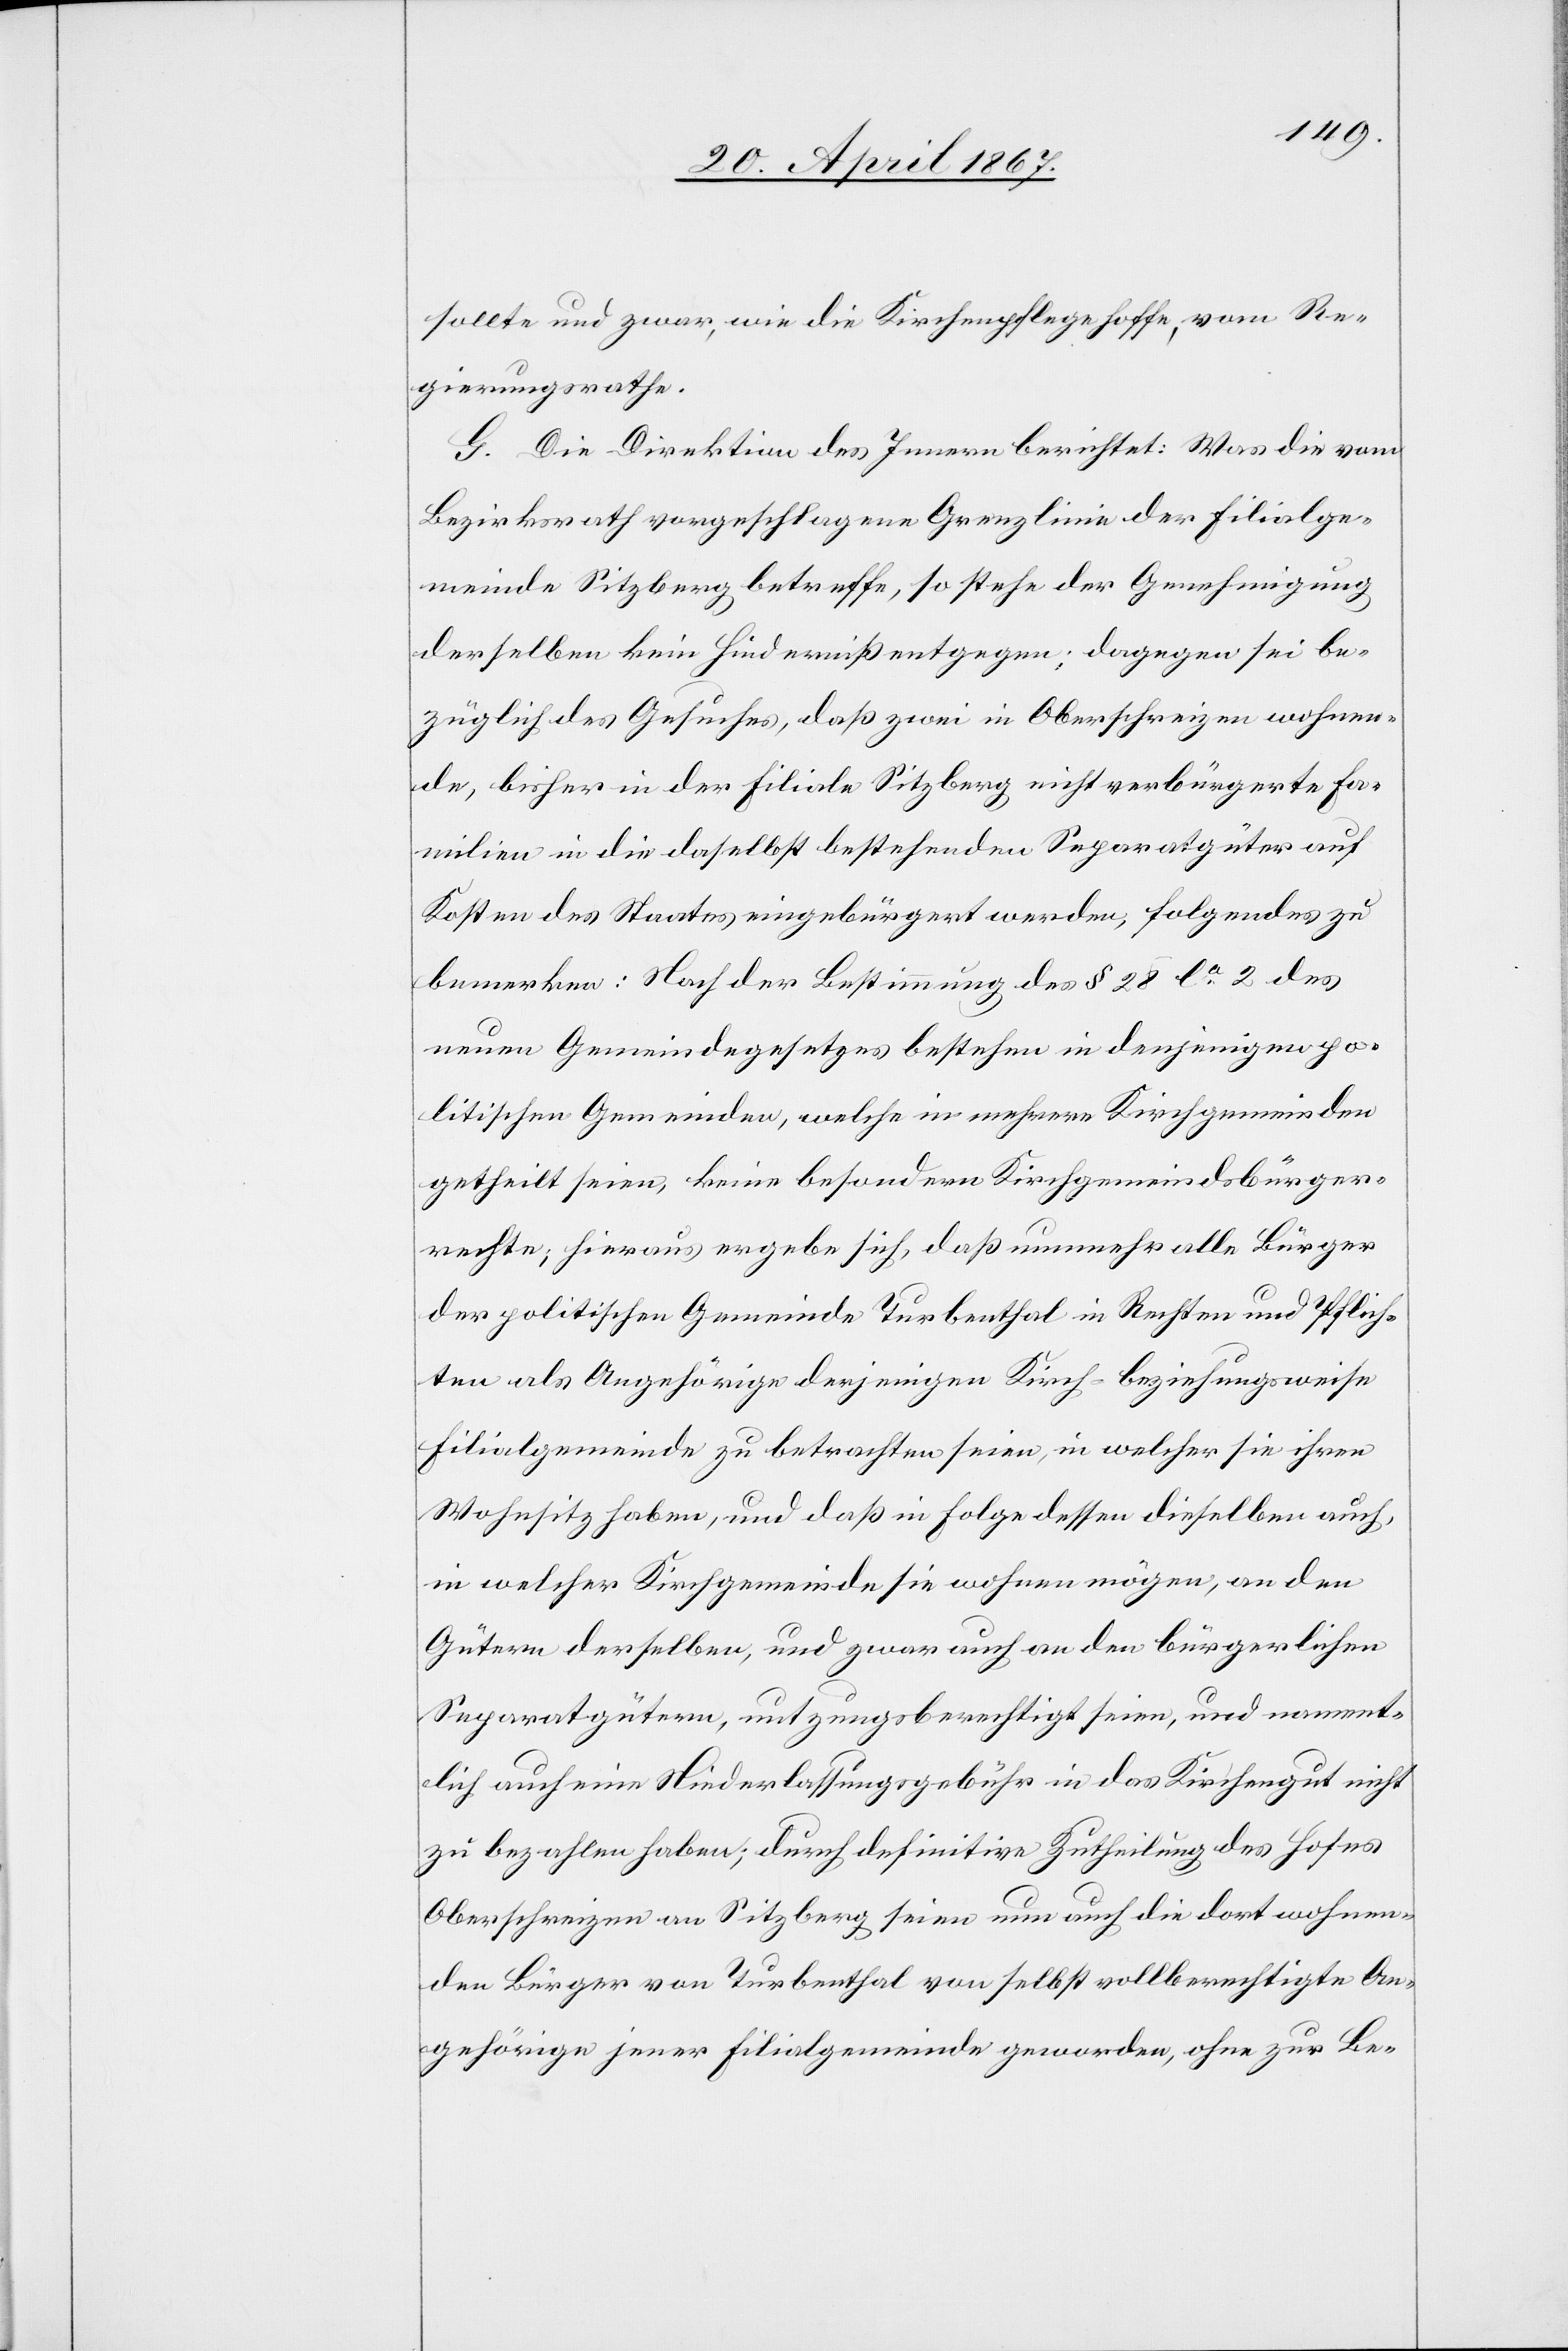
sollte und zwar, wie die Kirchenpflege hoffe, vom Re¬
gierungsrathe.
G. Die Direktion des Innern, berichte: Was die vom
Bezirksrath vorgeschlagene Grenzlinie der Filialge¬
meinde Sitzberg betreffe, so stehe der Genehmigung
derselben kein Hinderniß entgegen; dagegen sei be¬
züglich des Gesuches, daß zwei in Oberschreizen wohnen¬
de, bisher in der Filiale Sitzberg nicht verbürgerte Fa¬
milien in die daselbst bestehenden Separatgüter auf
Kosten des Staates eingebürgert werden, folgendes zu
bemerken: Nach der Bestimmung des § 28 la. 2 des
neuen Gemeindegesetzes bestehen in denjenigen po¬
litischen Gemeinden, welche in mehrere Kirchgemeinden
getheilt seien, keine besonderen Kirchgemeindsbürger¬
rechte; hieraus ergebe sich, daß nunmehr alle Bürger
der politischen Gemeinde Turbenthal in Rechten und Pflich¬
ten als Angehörige derjenigen Kirch- beziehungsweise
Filialgemeinde zu betrachten seien, in welcher sie ihren
Wohnsitz haben, und daß in Folge dessen dieselben auch,
in welcher Kirchgemeinde sie wohnen mögen, an den
Gütern derselben, und zwar auch an den bürgerlichen
Separatgütern, nutzungsberechtigt seien, und nament¬
lich auch eine Niederlassungsgebühr in das Kirchengut nicht
zu bezahlen haben; durch definitive Zutheilung des Hofes
Oberschreizen an Sitzberg seien nun auch die dort wohnen¬
den Bürger von Turbenthal von selbst vollberechtigte An¬
gehörige jener Filialgemeinde geworden, ohne zur Be-